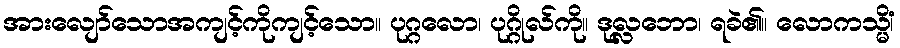
အားလျော်သောအကျင့်ကိုကျင့်သော။ ပုဂ္ဂလော၊ ပုဂ္ဂိုလ်ကို။ ဒုလ္လဘော၊ ရခဲ၏။ လောကသ္မိံ၊